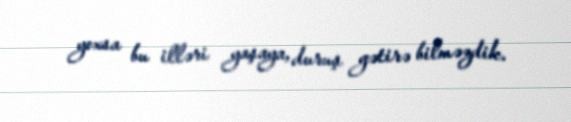
yoxsa bu illəri yaşaya, duruş gətirə bilməzdik.